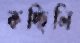
কচ্ছিলি